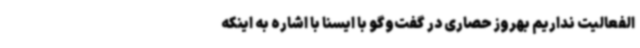
‌الفعالیت نداریم بهروز حصاری در گفت‌وگو با ایسنا با اشاره به اینکه